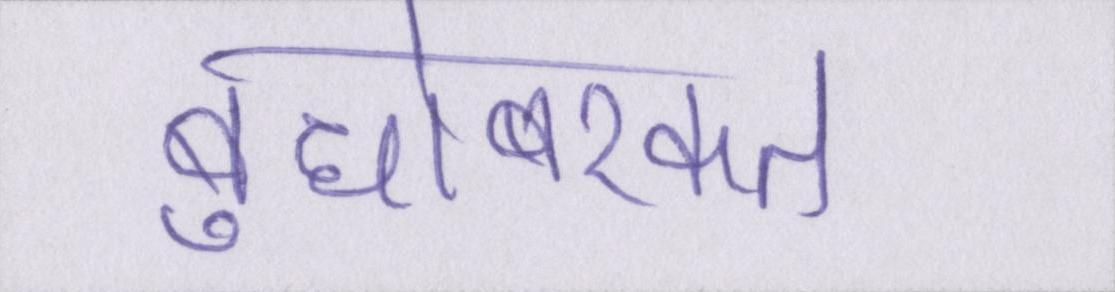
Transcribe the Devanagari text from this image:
बुधोबरकत